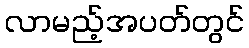
လာမည့်အပတ်တွင်